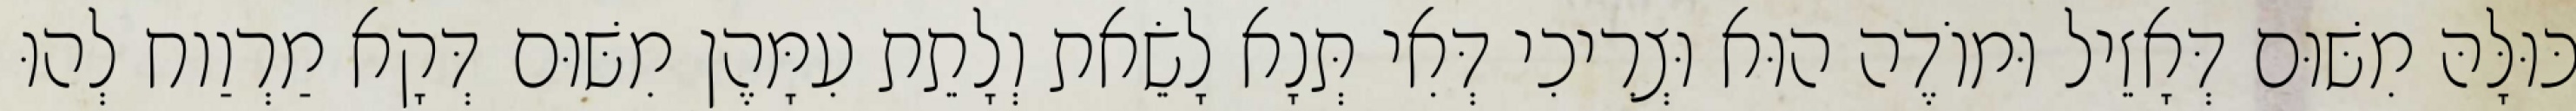
כּוּלָּהּ מִשּׁוּם דְּאָזֵיל וּמוֹדֶה הוּא וּצְרִיכִי דְּאִי תְּנָא לָשֵׂאת וְלָתֵת עִמָּהֶן מִשּׁוּם דְּקָא מַרְוַוח לְהוּ